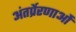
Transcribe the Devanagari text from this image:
अंतर्प्रेरणाओं